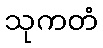
သုကတံ